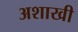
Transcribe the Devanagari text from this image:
अशाखी